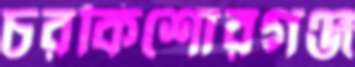
চরকিশোরগঞ্জ